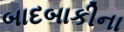
બાદબાકીના